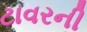
ટાવરની